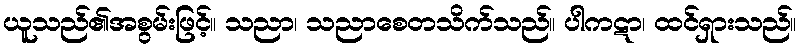
ယူသည်၏အစွမ်းဖြင့်။ သညာ၊ သညာစေတသိက်သည်။ ပါကဋာ၊ ထင်ရှားသည်။